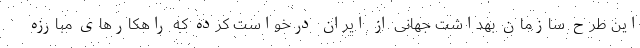
این طرح سازمان بهداشت جهانی از ایران درخواست کرده که راهکارهای مبارزه